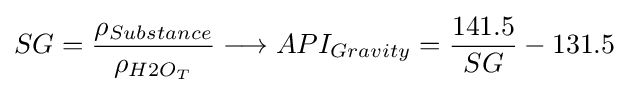
SG={\frac {\rho _{Substance}}{\rho _{H2O_{T}}}}\longrightarrow API_{Gravity}={\frac {141.5}{SG}}-131.5